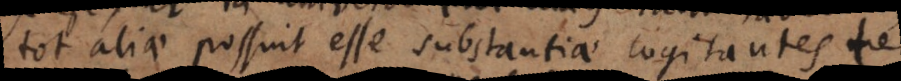
tot aliae possint esse substantiae cogitantes te